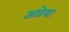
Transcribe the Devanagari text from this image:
अत्रेया